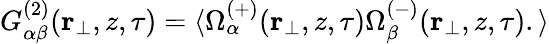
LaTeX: \begin{array}{r}{G_{\alpha\beta}^{(2)}(\textbf{r}_{\perp},z,\tau)=\langle\Omega_{\alpha}^{(+)}(\textbf{r}_{\perp},z,\tau)\Omega_{\beta}^{(-)}(\textbf{r}_{\perp},z,\tau).\rangle}\end{array}